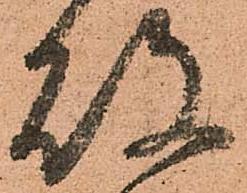
敗